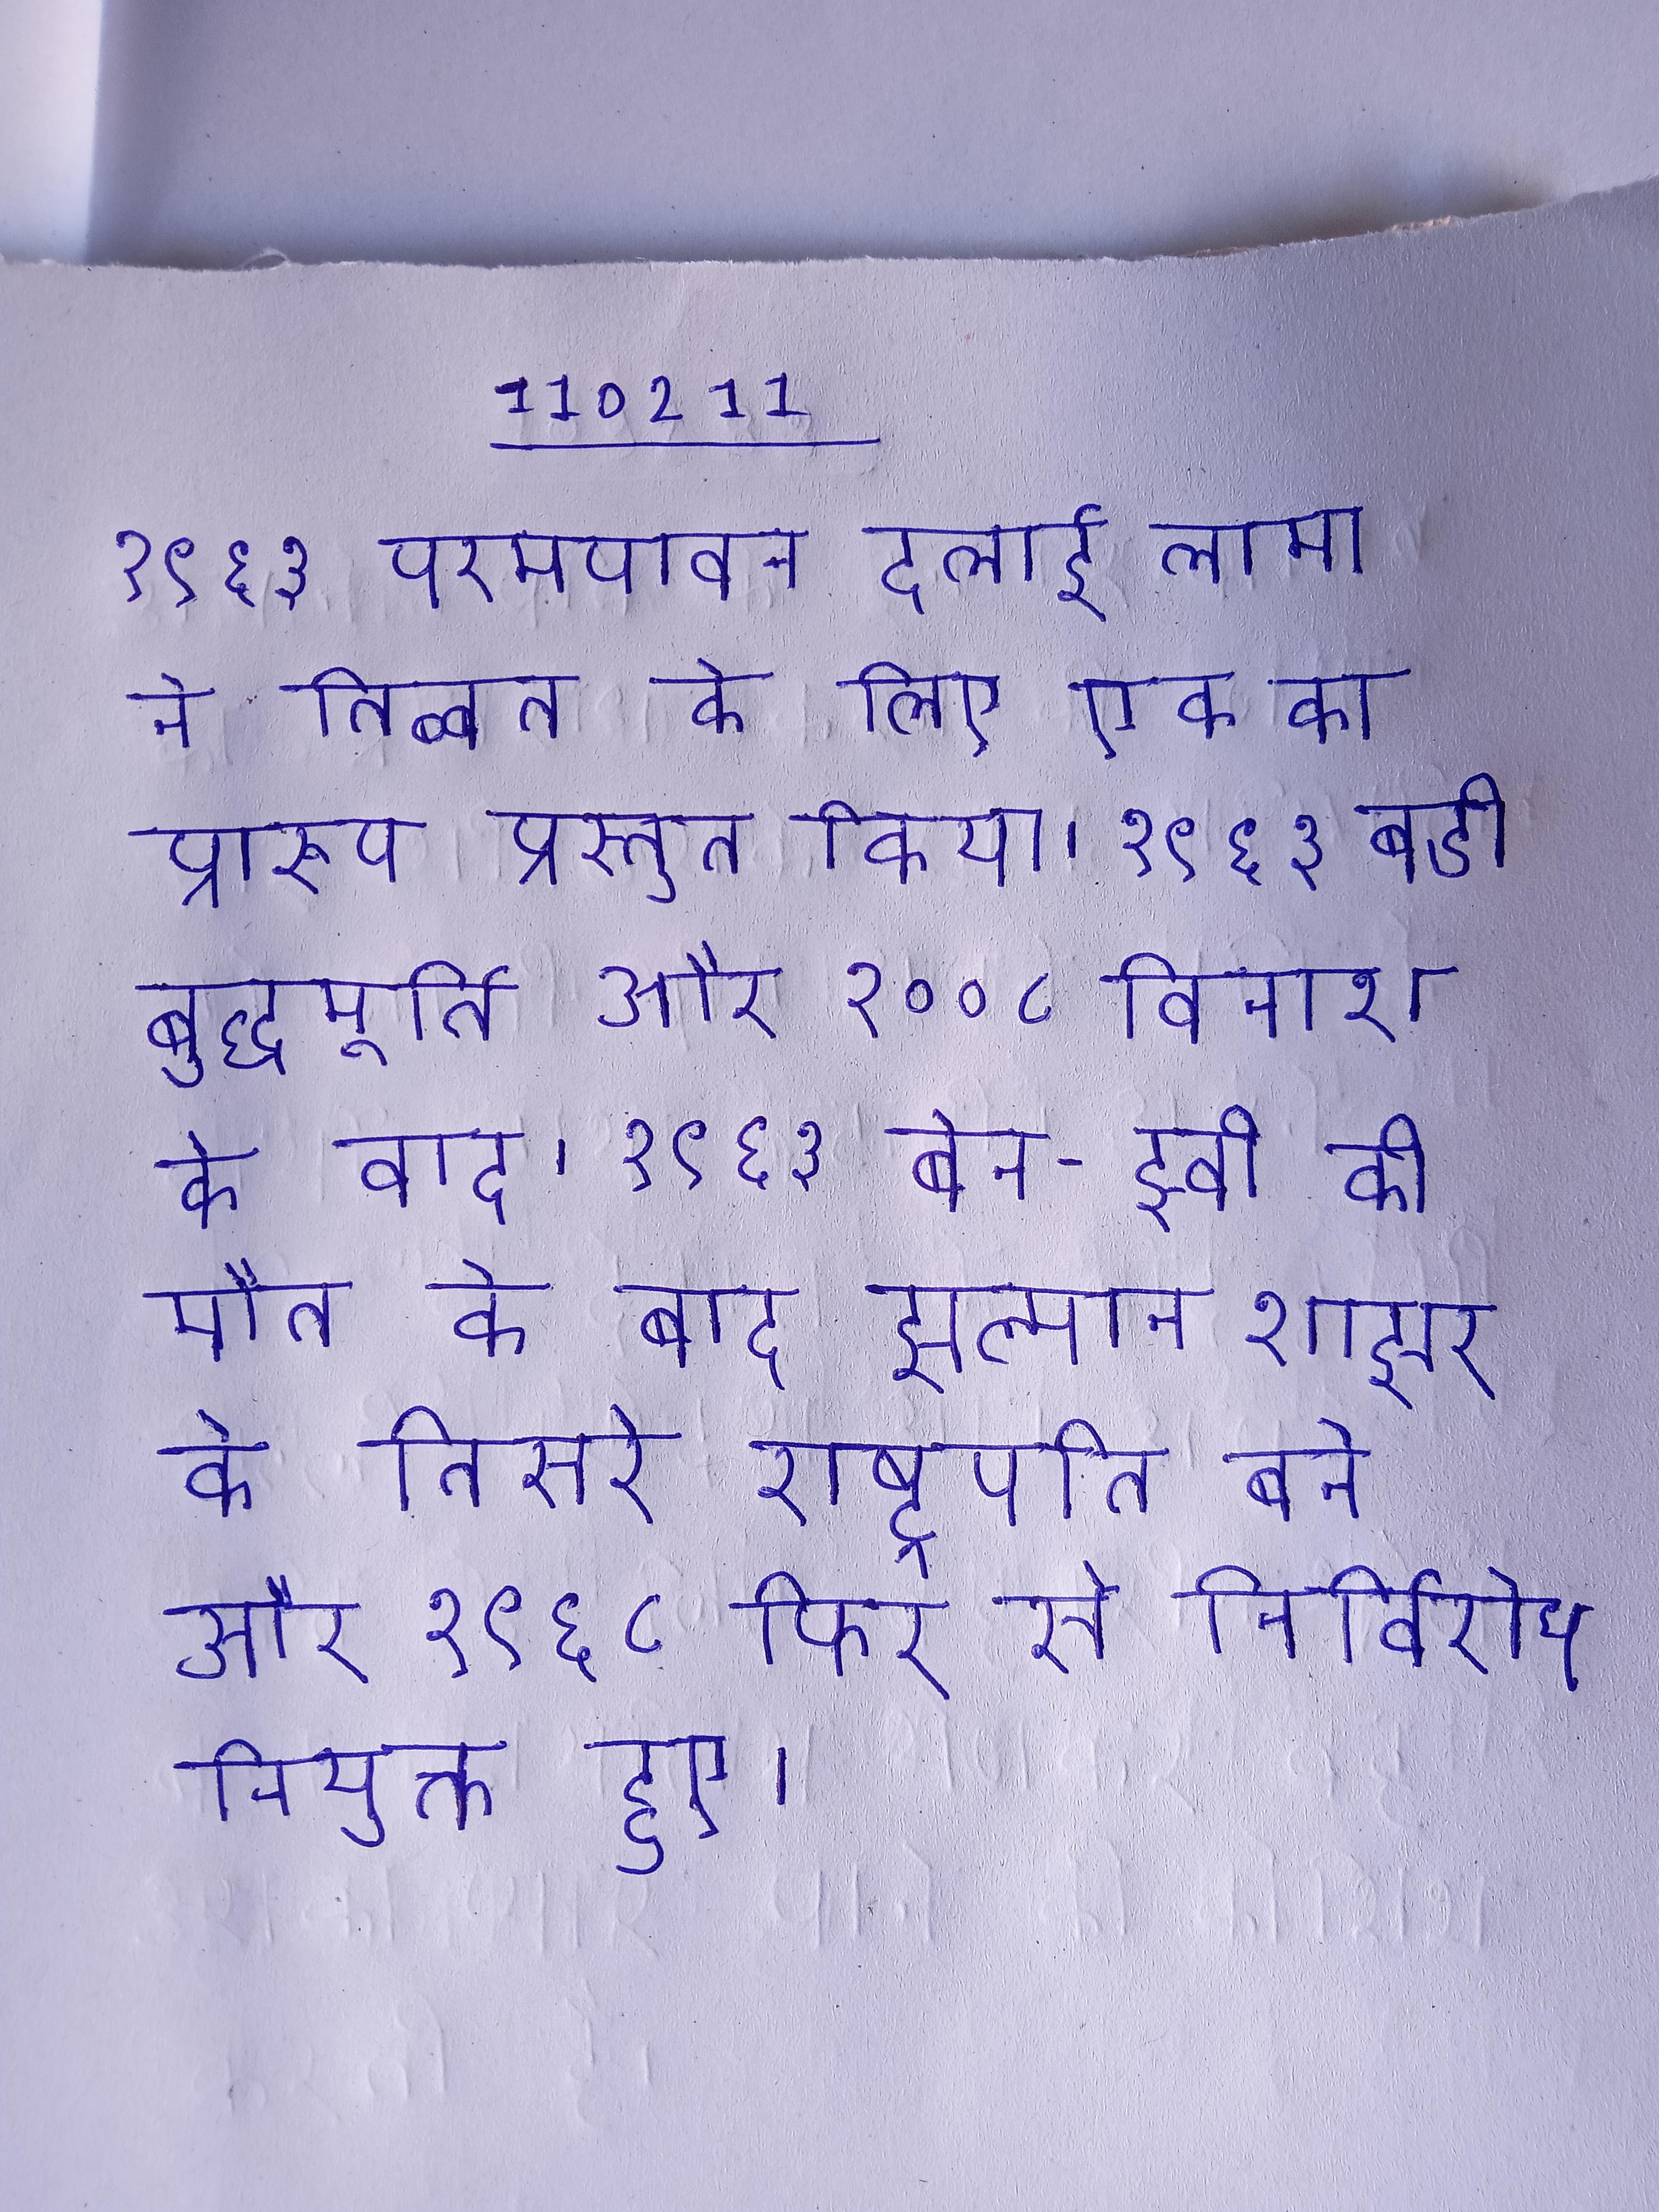
१९६३ परमपावन दलाई लामा ने तिब्बत के लिए एक का प्रारूप प्रस्तुत किया । १९६३ बडी बुद्धमूर्ति और २००८ विनाश के बाद । १९६३ बेन-झ्वी की मौत के बाद झल्मान शाझर के तिसरे राष्ट्रपति बने और १९६८ फिर से निर्विरोध नियुक्त हुए ।